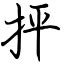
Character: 抨